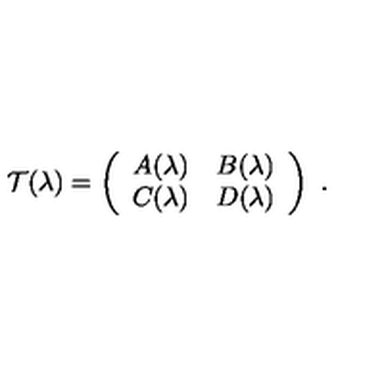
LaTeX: { \cal T } ( \lambda ) = \left( \begin{array} { c c } { A ( \lambda ) } & { B ( \lambda ) } \\ { C ( \lambda ) } & { D ( \lambda ) } \\ \end{array} \right) \ .